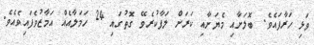
ވަޅި ހަރާފައެވެ. ބޮލަށާއި މެޔަށާއި ކަރަށް ލަފާކުރެވޭ ގޮތުގައި 24 ހަމަލާއެއް އަމާޒުވެފައިވެއެވެ.